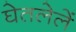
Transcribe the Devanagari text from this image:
घेतलेलें